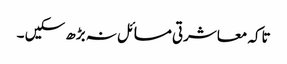
تاکہ معاشرتی مسائل نہ بڑھ سکیں ۔